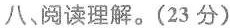
八、阅读理解。(23分)